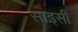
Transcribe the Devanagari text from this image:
साइसी